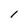
Character: l